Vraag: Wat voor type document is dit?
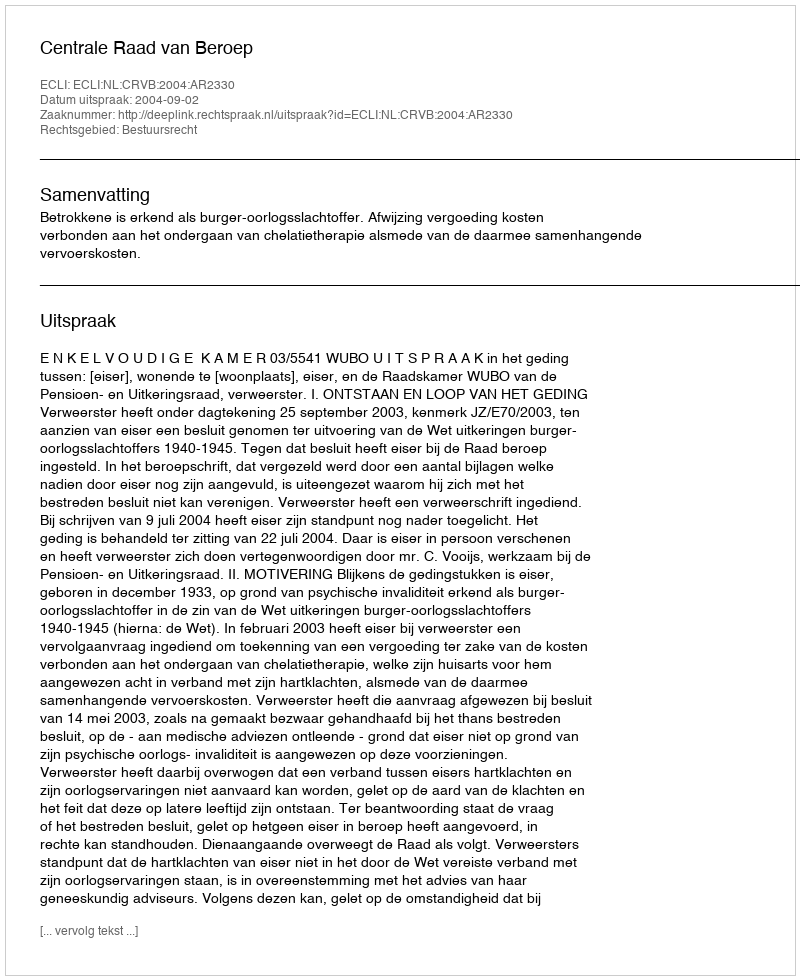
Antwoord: Uitspraak